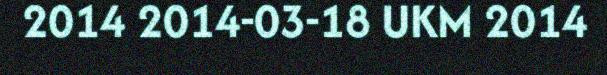
2014 2014-03-18 UKM 2014